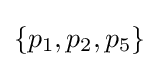
\{p_{1},p_{2},p_{5}\}